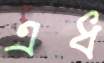
এধ